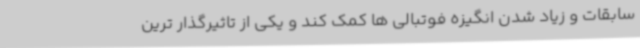
سابقات و زیاد شدن انگیزه فوتبالی ها کمک کند و یکی از تاثیرگذار ترین